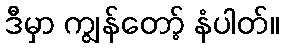
ဒီမှာ ကျွန်တော့် နံပါတ်။